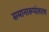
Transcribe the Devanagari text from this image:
समानारूपांतरण